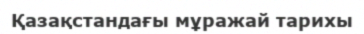
Қазақстандағы мұражай тарихы